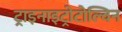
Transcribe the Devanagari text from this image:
ट्राइनाइट्रोटोल्विन